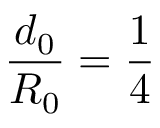
\frac { d _ { 0 } } { R _ { 0 } } = \frac { 1 } { 4 }